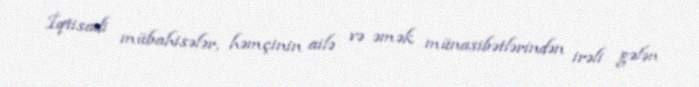
İqtisadi mübahisələr, həmçinin ailə və əmək münasibətlərindən irəli gələn